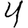
Digit: 4